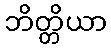
ဘိတ္တိယာ